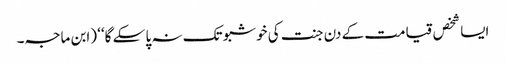
ایسا شخص قیامت کے دن جنت کی خوشبو تک نہ پا سکے گا‘‘ (ابن ماجہ۔